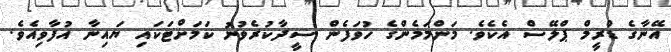
އޭނާގެ ޑްރީމް ޕްލޭސް އެކެވެ. މަންމަމެންގެ ހުވަފެން ސީދާކުރެވުނު ކަމަށްޓަކައި ޔައިނާ އުފާވިއެވެ.